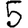
Digit: 5